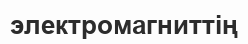
электромагниттің